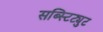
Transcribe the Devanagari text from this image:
सब्स्टिट्युट